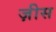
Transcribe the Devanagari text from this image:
ज़ीस